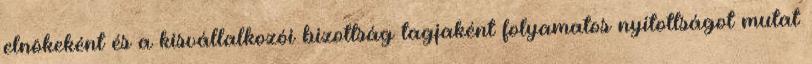
elnökeként és a kisvállalkozói bizottság tagjaként folyamatos nyitottságot mutat